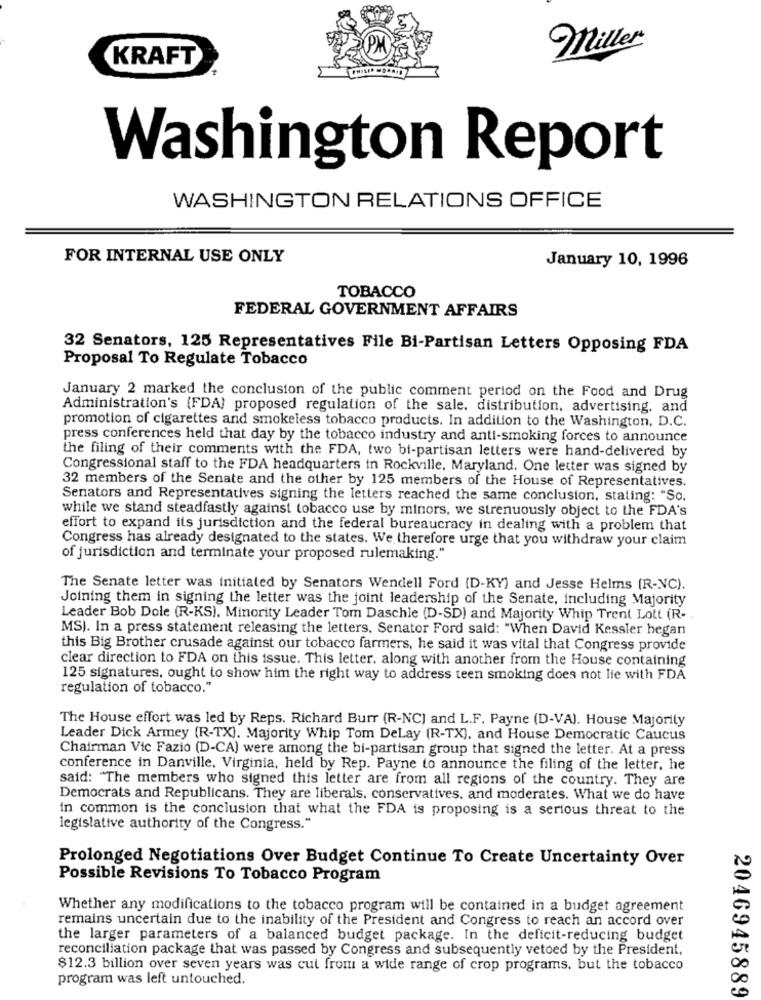
miller
KRAFT
Washington Report
WASHINGTON RELATIONS OFFICE
FOR INTERNAL USE ONLY
January 10, 1996
TOBACCO
FEDERAL GOVERNMENT AFFAIRS
32 Senators, 125 Representatives File Bi-Partisan Letters Opposing FDA
Proposal To Regulate Tobacco
January 2 marked the conclusion of the public comment period on the Food and Drug
Administration's (FDA) proposed regulation of the sale. distribution, advertising, and
promotion of cigarettes and smokeless tobacco products. In addition to the Washington, D.C.
press conferences held that day by the tobacco industry and anti-smoking forces to announce
the filing of their comments with the FDA, two bi-partisan letters were hand-delivered by
Congressional staff to the FDA headquarters in Rockville, Maryland. One letter was signed by
32 members of the Senate and the other by 125 members of the House of Representatives.
Senators and Representatives signing the letters reached the same conclusion, stating: "So.
while we stand steadfastly against tobacco use by minors, we strenuously object to the FDA's
effort to expand its jurisdiction and the federal bureaucracy in dealing with a problem that
Congress has already designated to the states. We therefore urge that you withdraw your claim
of jurisdiction and terminate your proposed rulemaking."
The Senate letter was initiated by Senators Wendell Ford (D-KY) and Jesse Helms (R-NC).
Joining them in signing the letter was the joint leadership of the Senate, including Majority
Leader Bob Dole (R-KS). Minority Leader Tom Daschle (D-SD) and Majority Whip Trent Lott (R -.
MS). In a press statement releasing the letters. Senator Ford said: "When David Kessler hegan
this Big Brother crusade against our tobacco farmers, he said it was vital that Congress provide
clear direction to FDA on this issue. This letter. along with another from the House containing
125 signatures, ought to show him the right way to address teen smoking does not lie with FDA
regulation of tobacco."
The House effort was led by Reps. Richard Burr (R-NC) and L.F. Payne (D-VA). House Majority
Leader Dick Armey (R-TX). Majority Whip Tom Delay (R-TX), and House Democratic Caucus
Chairman Vic Fazio (D-CA) were among the bi-partisan group that signed the letter. At a press
conference in Danville, Virginia, held by Rep. Payne to announce the filing of the letter, he
said: "The members who signed this letter are from all regions of the country. They are
Democrats and Republicans. They are liberals. conservatives, and moderates. What we do have
in common is the conclusion that what the FDA is proposing is a serious threat to the
legislative authority of the Congress."
Prolonged Negotiations Over Budget Continue To Create Uncertainty Over
Possible Revisions To Tobacco Program
Whether any modifications to the tobacco program will be contained in a budget agreement
remains uncertain due to the inability of the President and Congress to reach an accord over
the larger parameters of a balanced budget package. In the deficit-reducing budget
reconciliation package that was passed by Congress and subsequently vetoed by the President,
$12.3 billion over seven years was cut from a wide range of crop programs. but the tobacco
00
program was left untouched.
00
2046945889